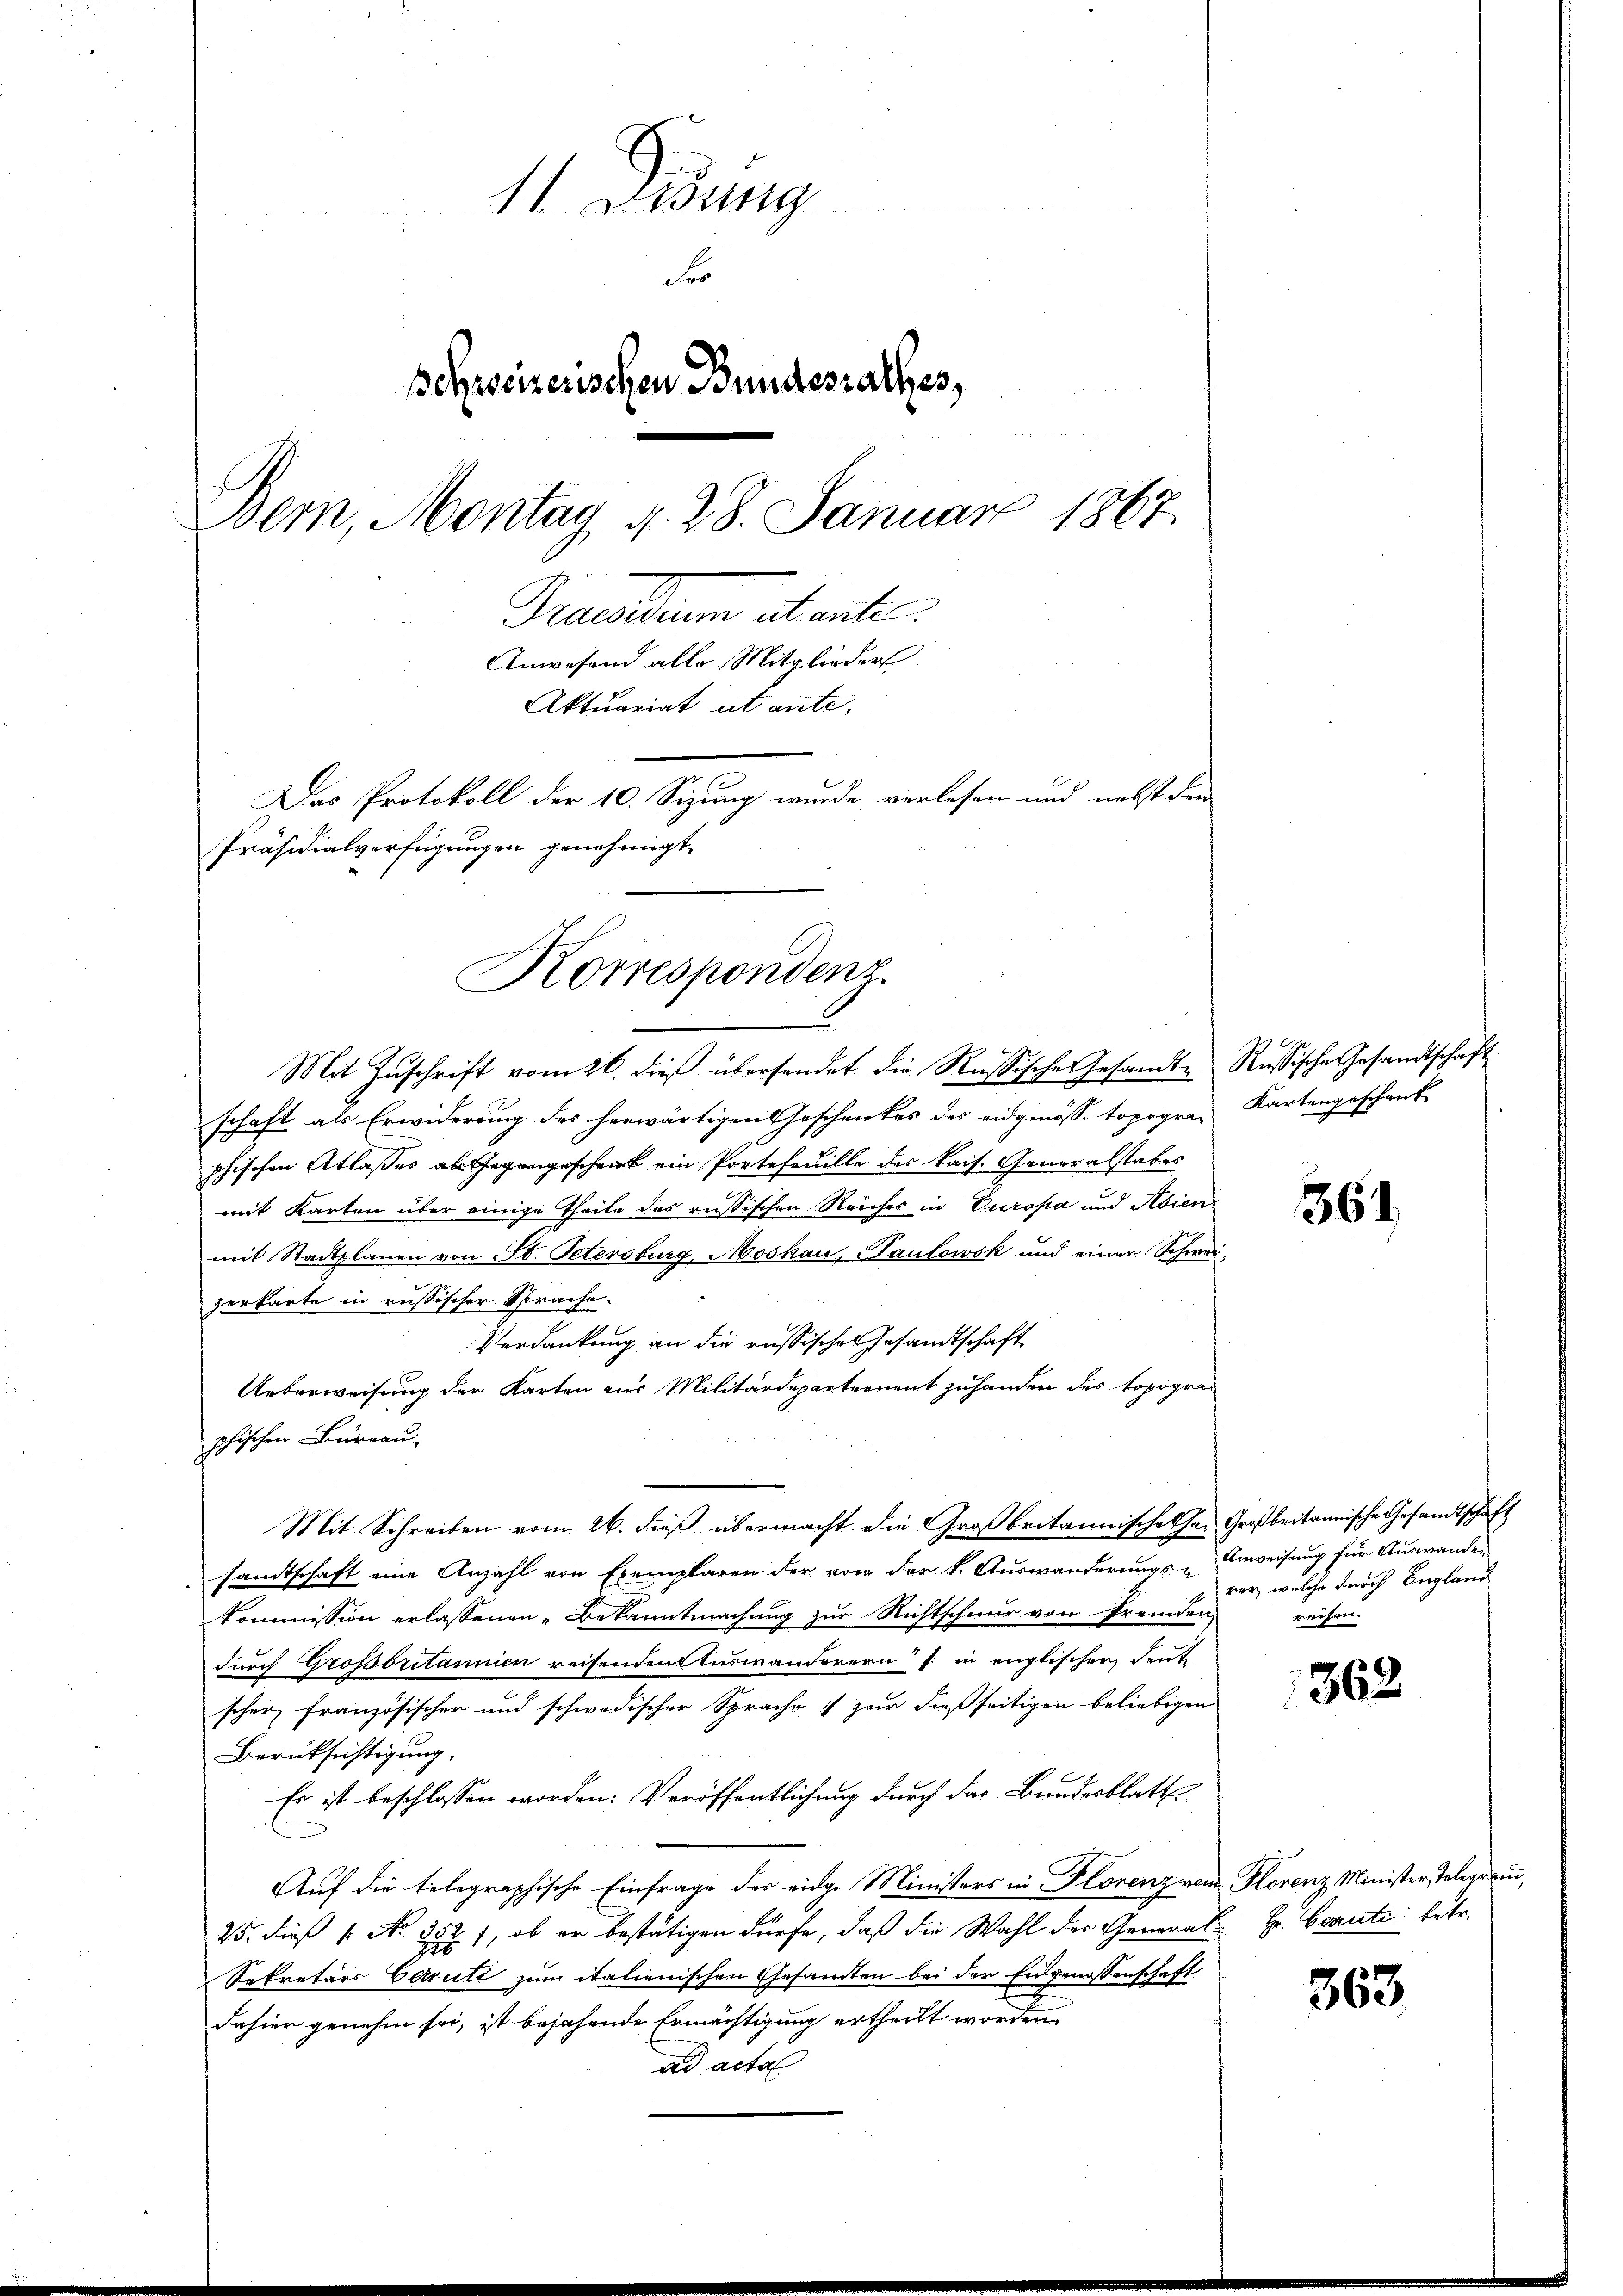
11. Lessing
F
Schweizerischen Bundesrathes,
Bern, Montag d. 28. Januar 1867.
Praedium stante.
Anwesend alle Mitglieder
Aktuariat ut ante
Das Protokoll der 10. Sizung wurde verlesen und nebst den
Präsidialverfügungen genehmigt.

Korrespondenz
Mit Zuschrift vom 26. dieß übersendet die Rußische Gesandte Russische Gesandtschaft

schaft als Erwiderung des herwärtigen Geschenkes des eidgenöss. topogra- Kartengeschenk
phischen Atlaßes als Gegengeschenk ein Portefeuille des kais. Generalstabes
mit Karten über einige Theile des russischen Reiches in Europa und Asiene
mit Stadtplanen von St. Petersburg, Moskau, Paulowsk und einer Schweizerkarte in russischer Sprache.
Verdankung an die russischer Gesandtschaft
Ueberweisung der Karten aus Militärdepartement zuhanden des topographischen Büreau,
samtschaft eine Anzahl von Exemplaren der von der k. Auswanderungs-Anweisung für Auswanden
kommission erlassenen Bekanntmachung zur Richtschnur von fremden,
durch Großbritannien reisenden Auswanderern (: in englischer deute
scher französischer und schwedischer Sprache :/ zur dießseitigen beliebigen
Berücksichtigung.
Es ist beschlossen worden: Veröffentlichung durch das Bundesblatt
Auf die telegraphische Einfrage des eidge Ministers in Florenz vom Florenz Minister Telegerin,
25. dieß (No. 352, ob er bestätigen dürfe, daß die Wahl der General- Hr. Braute betr.
Sekretärs Caritz zum italienischen Gesanten bei der Eidgenossenschaft
Fahier genehm sei, ist bejahende Ermächtigung ertheilt worden,
ad acto

Mit Schreiben vom 26. dieß übermacht die Großbritannischehen Großbritannische Gesandtschäft

364.

ver, welche durch England
reisen.

1362.

363.